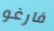
فارغو